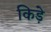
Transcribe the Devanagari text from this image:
किडे़